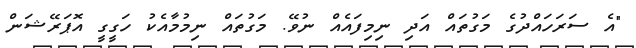
"އެ ސަރަހައްދުގެ މަގުތައް އަދި ނިމިފައެއް ނުވޭ. މަގުތައް ނިމުމާއެކު ހަގީގީ އޮޕަރޭޝަން